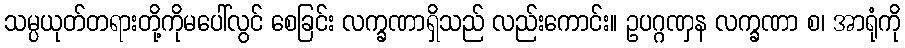
သမ္ပယုတ်တရားတို့ကိုမပေါ်လွင် စေခြင်း လက္ခဏာရှိသည် လည်းကောင်း။ ဥပဂ္ဂဏှန လက္ခဏာ စ၊ အာရုံကို